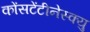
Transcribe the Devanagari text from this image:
कोंसटेंटीनेस्क्यु